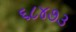
૬૮૪૭૩